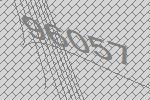
96057